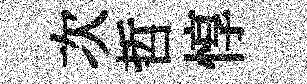
次哲惇